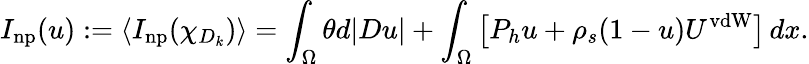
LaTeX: I_{\mathrm{np}}(u):=\langle I_{\mathrm{np}}(\chi_{D_{k}})\rangle=\int_{\Omega}\theta d|Du|+\int_{\Omega}\left[P_{h}u+\rho_{s}(1-u)U^{\mathrm{vdW}}\right]\, dx.